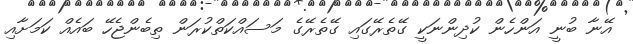
އޭނާ ބުނީ އަންހެން ކުދިންނަކީ ގޭތެރޭގައި ގޭތެރޭގެ މަސައްކަތްކުރަން ތިބެންޖެހޭ ބައެއް ކަމަަށާއި